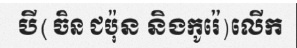
បី(ចិន ជប៉ុន និងកូរ៉េ)លើក